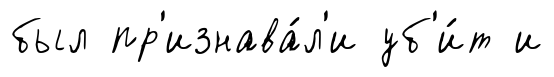
был пр'изнава́л'и уб'и́т и